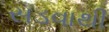
સડવાથી